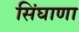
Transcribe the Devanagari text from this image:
सिंघाणा